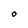
Character: O